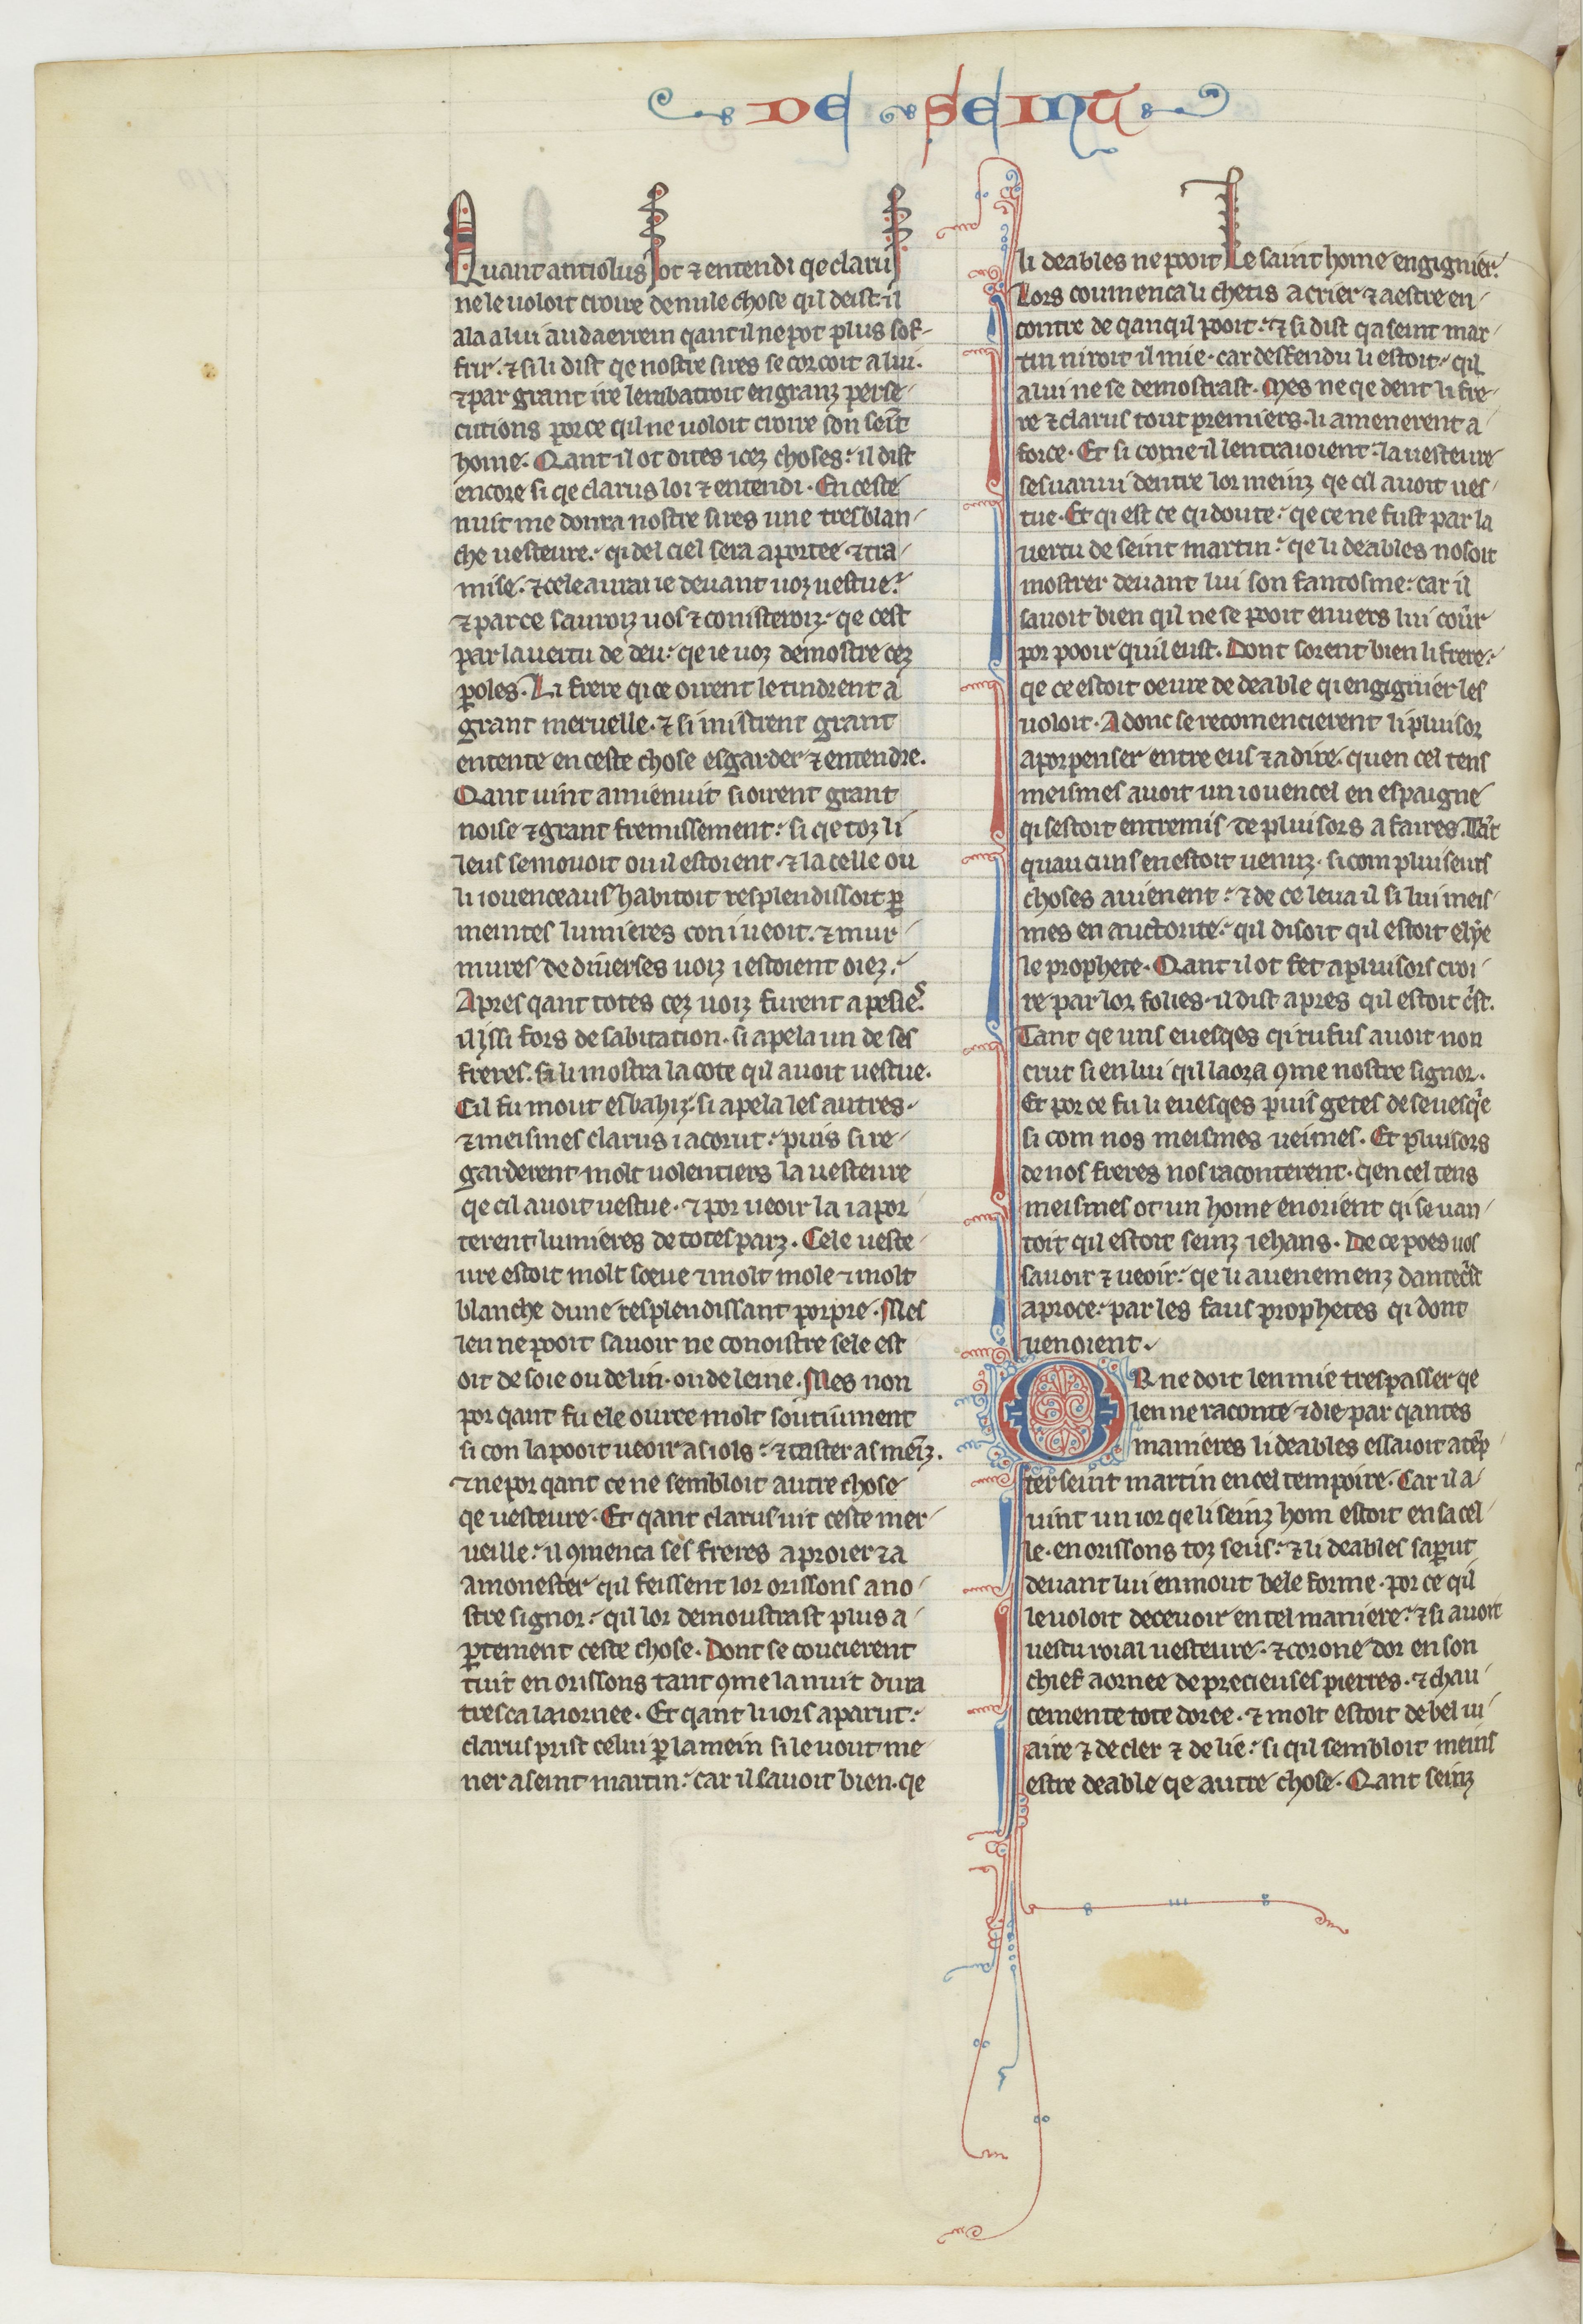
Shelfmark: Paris, BnF, fr. 412
Century: 13